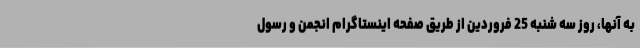
به آنها، روز سه شنبه 25 فروردین از طریق صفحه اینستاگرام انجمن و رسول